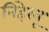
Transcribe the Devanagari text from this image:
निहेखू